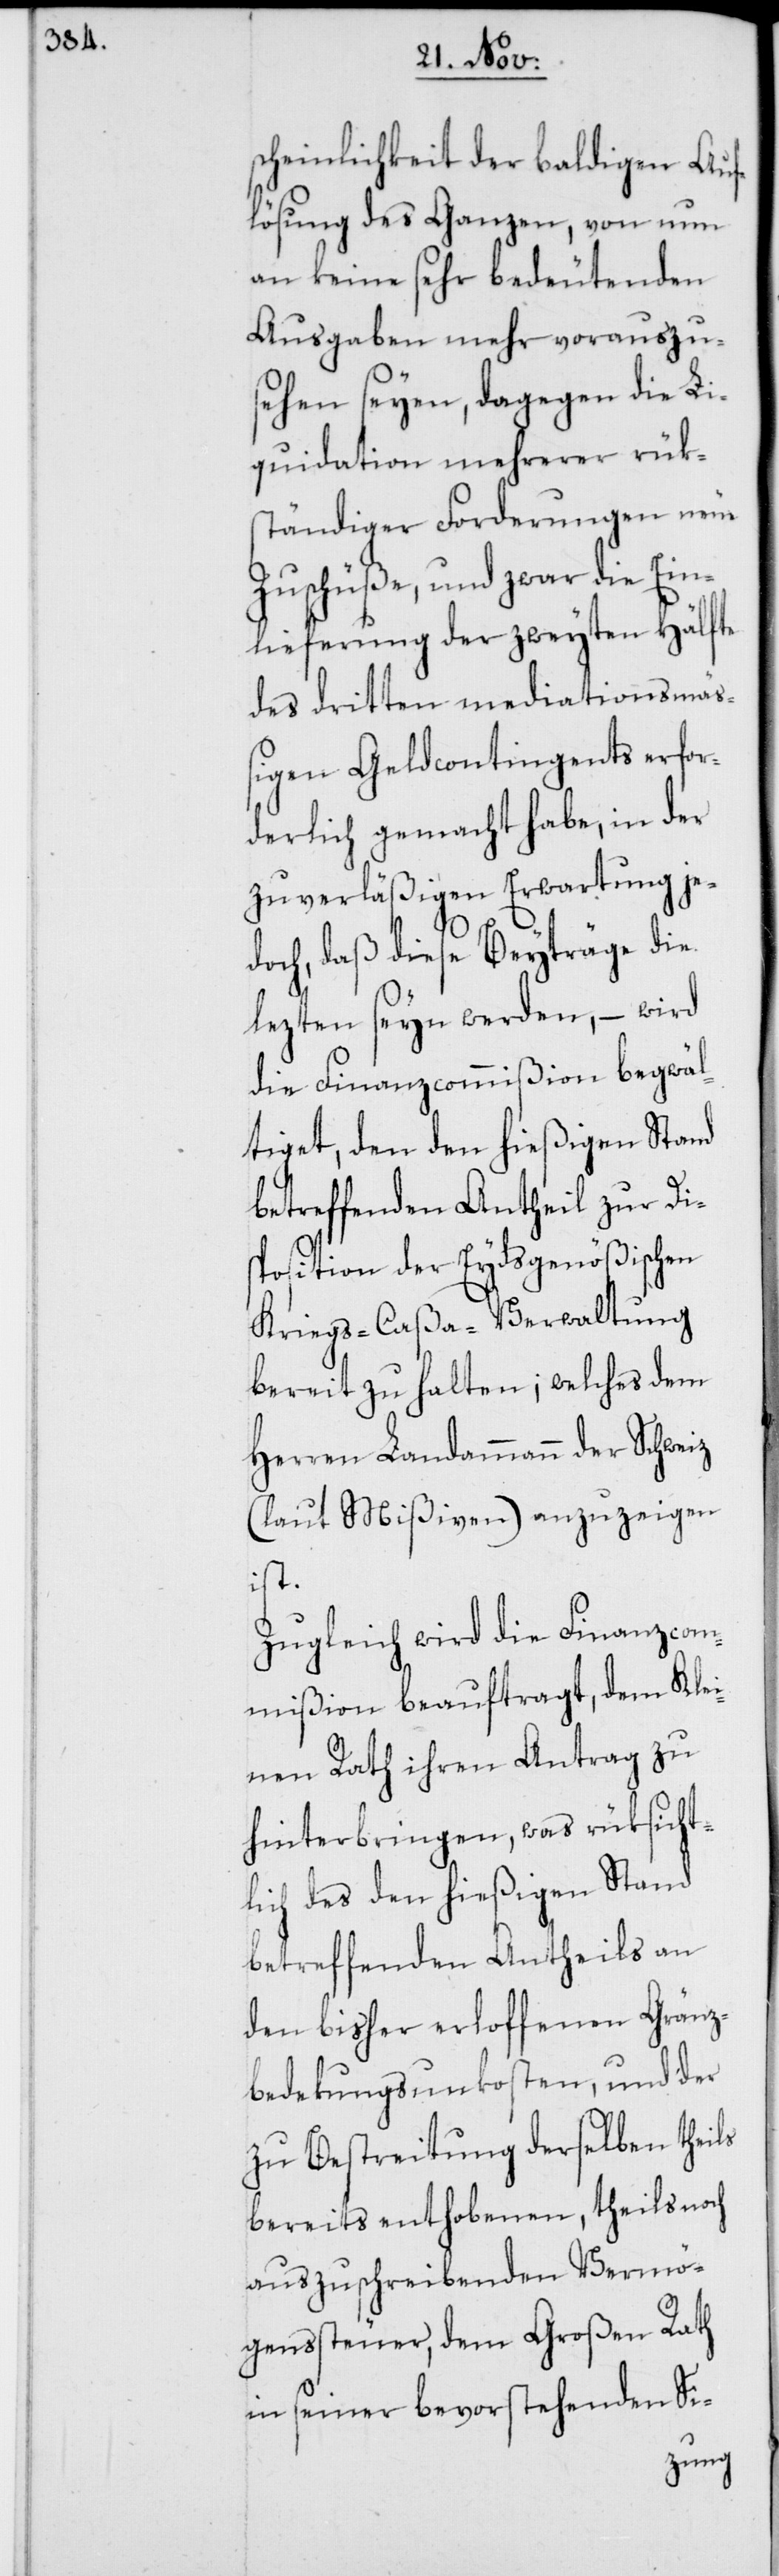
scheinlichkeit der baldigen Auf¬
lösung des Ganzen, von nun
an keine sehr bedeutenden
Ausgaben mehr vorauszu¬
sehen seyen, dagegen die Li¬
quidation mehrerer rük¬
ständiger Forderungen neue
Zuschüße, und zwar die Ein¬
lieferung der zweyten Hälfte
des dritten mediationsmä¬
ßigen Geldcontingents erfor¬
derlich gemacht habe, in der
zuverläßigen Erwartung je¬
doch, daß diese Beyträge die
lezten seyn werden, – wird
die Finanzcommißion begwäl¬
tiget, den den hießigen Stand
betreffenden Antheil zur Di¬
sposition der Eydsgenößischen
Kriegs-Caßa-Verwaltung
bereit zu halten; welches dem
Herren Landammann der Schweiz
(laut Mißiven) anzuzeigen
ist.
Zugleich wird die Finanzcom¬
mißion beauftragt, dem Klei¬
nen Rath ihren Antrag zu
hinterbringen, was rüksicht¬
lich des den hießigen Stand
betreffenden Antheils an
den bisher erloffenen Gränz¬
bedekungsunkosten, und der
zu Bestreitung derselben theils
bereits enthobenen, theils noch
auszuschreibenden Vermö¬
genssteuer, dem Großen Rath
in seiner bevorstehenden Si-